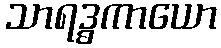
သာရဒ္ဓကာယော